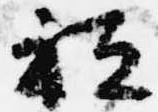
祗